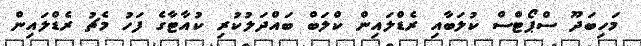
މަހިބަދޫ ސްޕޯޓްސް ކުލަބާއި ރެޑްލައިން ކްލަބް ބައްދަލުކުރި ކުއާޓާގެ ފަހު މެޗު ރެޑްލައިން